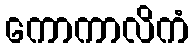
ကောကာလိကံ